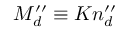
M _ { d } ^ { \prime \prime } \equiv K n _ { d } ^ { \prime \prime }